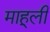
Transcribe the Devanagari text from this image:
माहूली